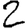
Digit: 2